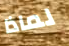
لماذا